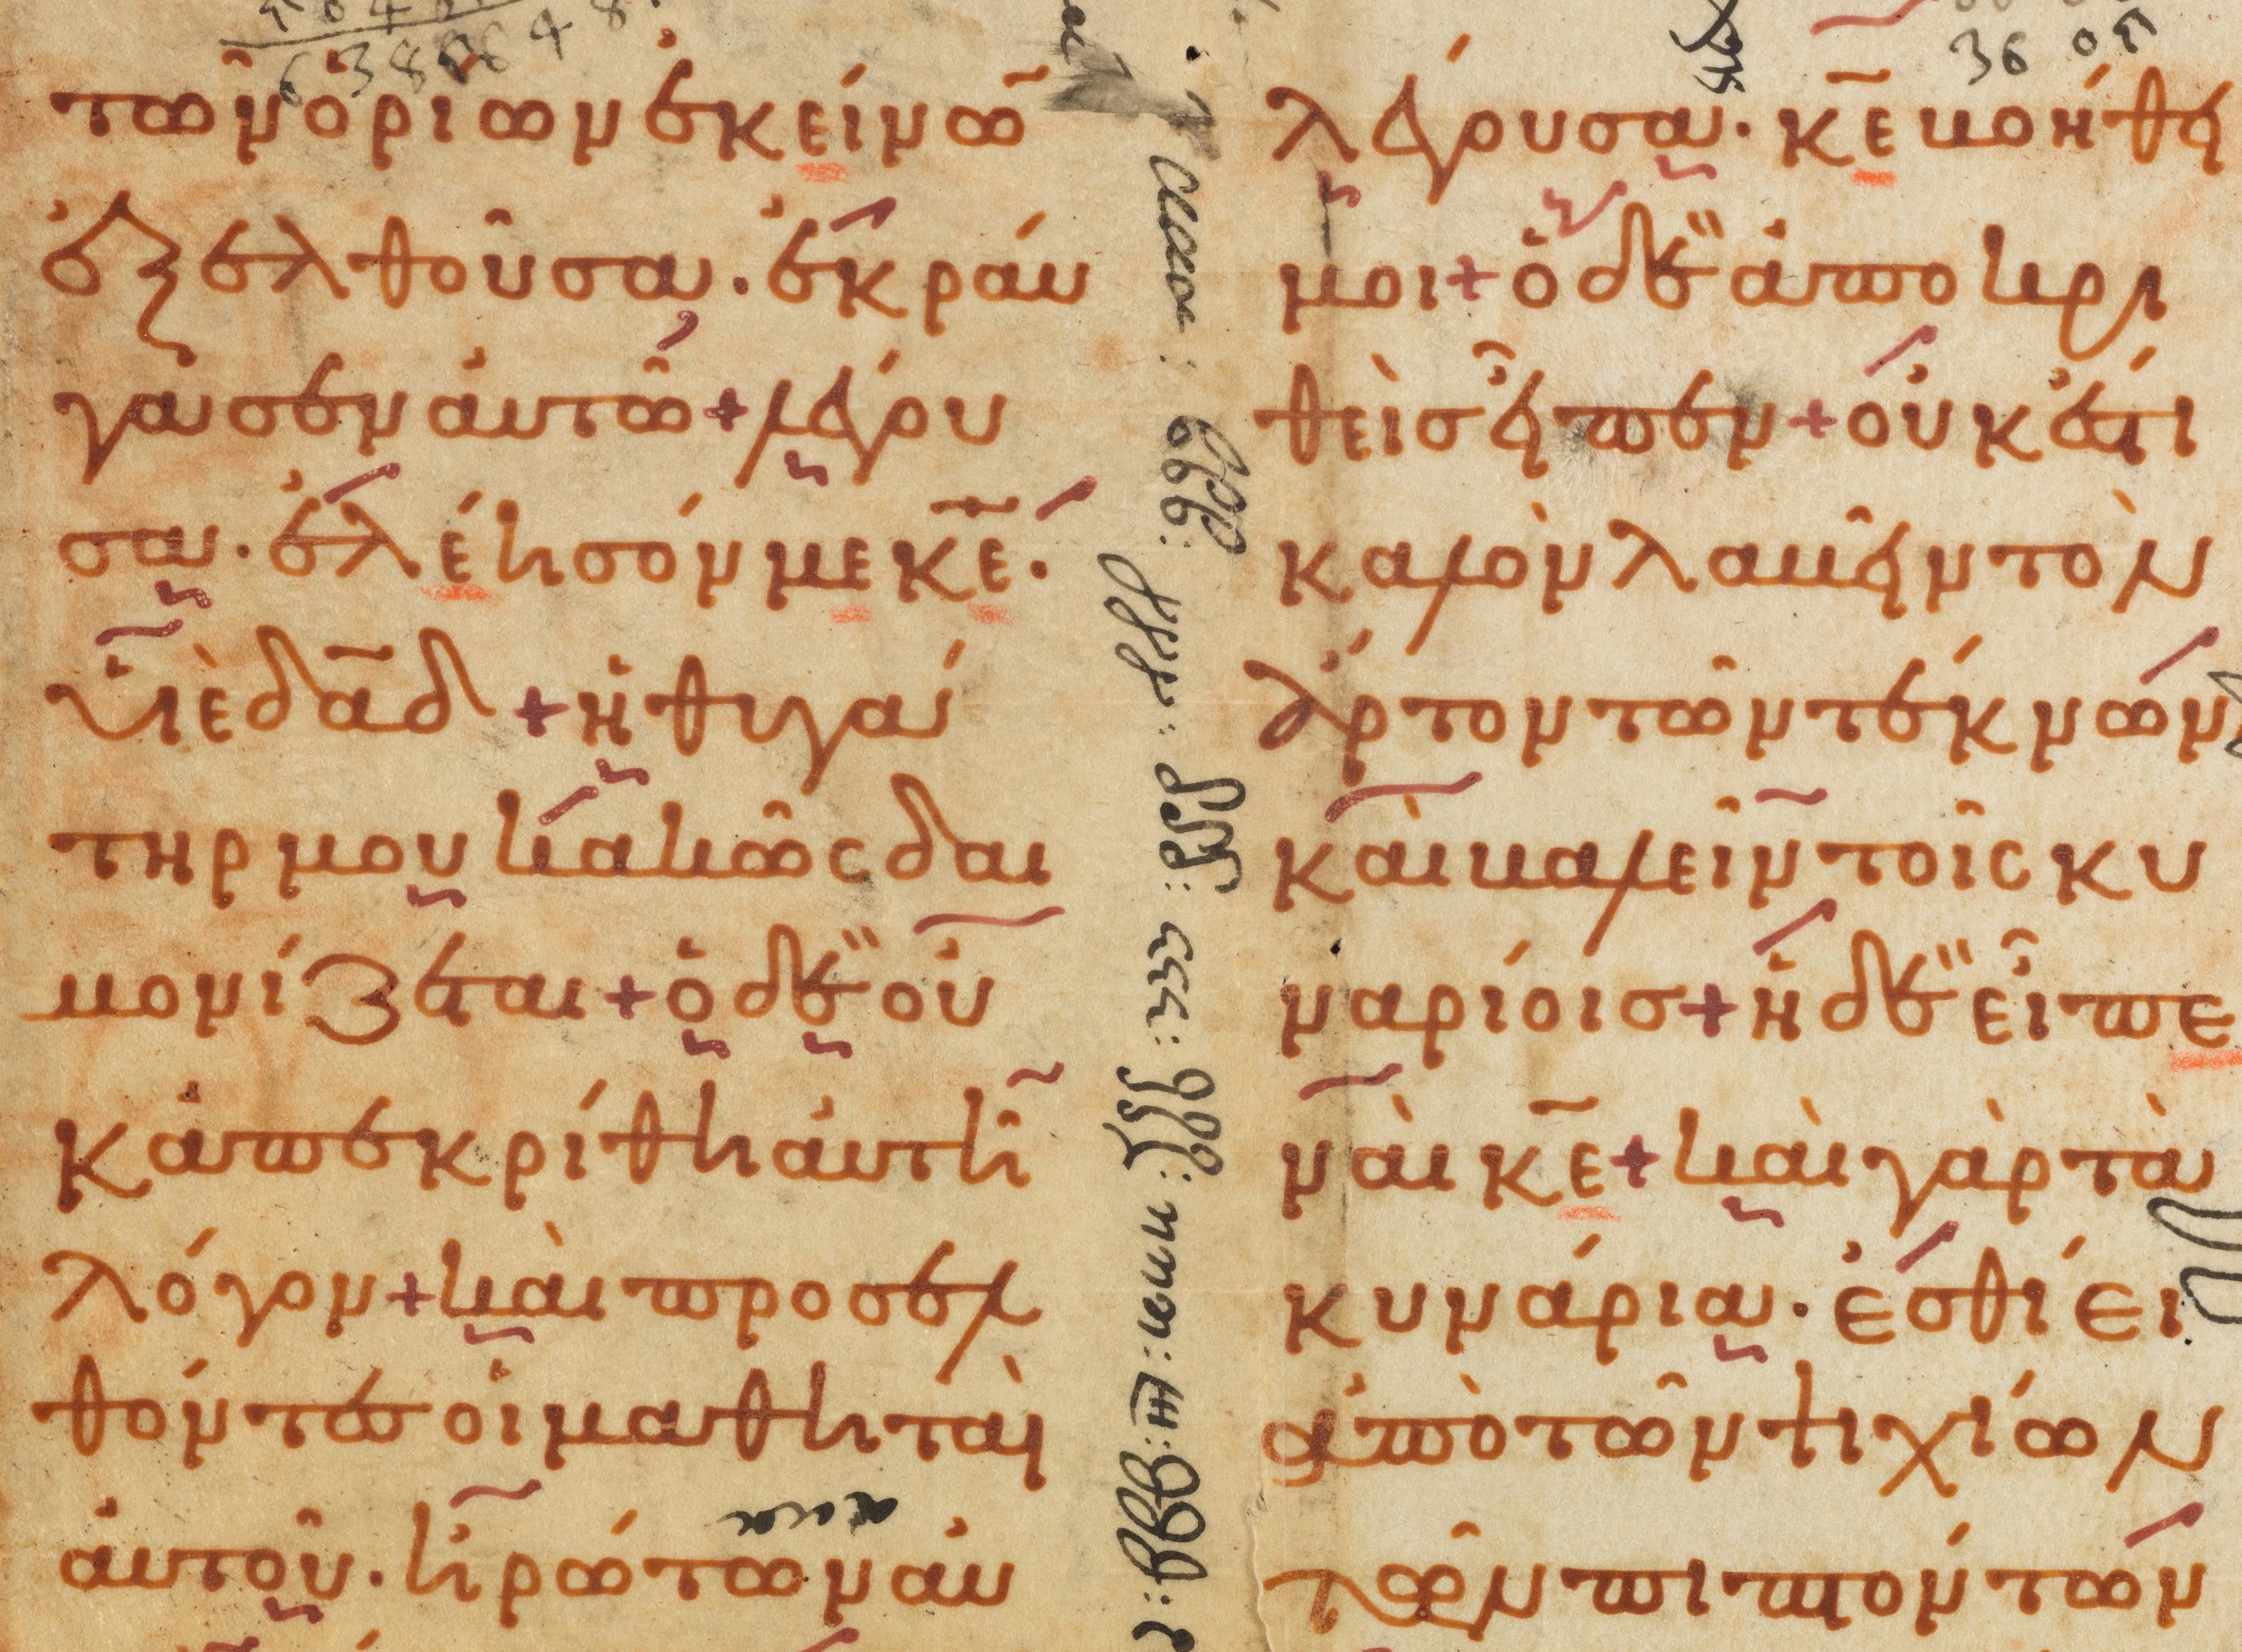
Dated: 1000–1099